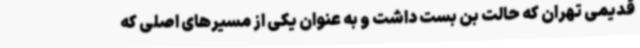
قدیمی تهران که حالت بن بست داشت و به عنوان یکی از مسیرهای اصلی که